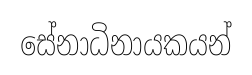
සේනාධිනායකයන්